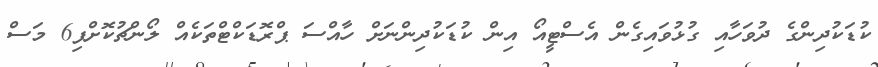
ކުޑަކުދިންގެ ދުވަހާއި ގުޅުވައިގެން އެސްޓީއޯ އިން ކުޑަކުދިންނަށް ހާއްސަ ޕްރޮޑަކްޓްތަކެއް ލޯންޗުކޮށްފި6 މަސް